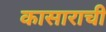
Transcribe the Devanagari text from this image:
कासाराची